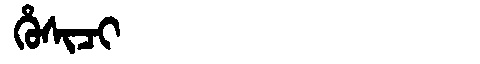
Manchu: ᡥᡠᠰᡳᠴᡳ
Romanization: HUSICI